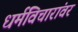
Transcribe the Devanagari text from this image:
धर्मविचारांवर